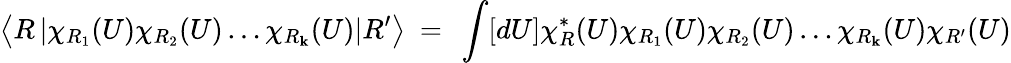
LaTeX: \left<R\left|\chi_{R_{1}}(U)\chi_{R_{2}}(U)\ldots\chi_{R_{\mathbf{k}}}(U)\right|R^{\prime}\right>~=~\int[dU]\chi_{R}^{*}(U)\chi_{R_{1}}(U)\chi_{R_{2}}(U)\ldots\chi_{R_{\mathbf{k}}}(U)\chi_{R^{\prime}}(U)